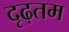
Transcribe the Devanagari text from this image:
दृढ़तम